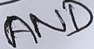
Text: AND